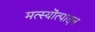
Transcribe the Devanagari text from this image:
मत्स्यॊत्पादन